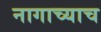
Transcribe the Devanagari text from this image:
नागाच्याच